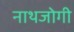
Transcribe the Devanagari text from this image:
नाथजोगी